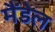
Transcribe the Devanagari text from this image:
मैंडेल